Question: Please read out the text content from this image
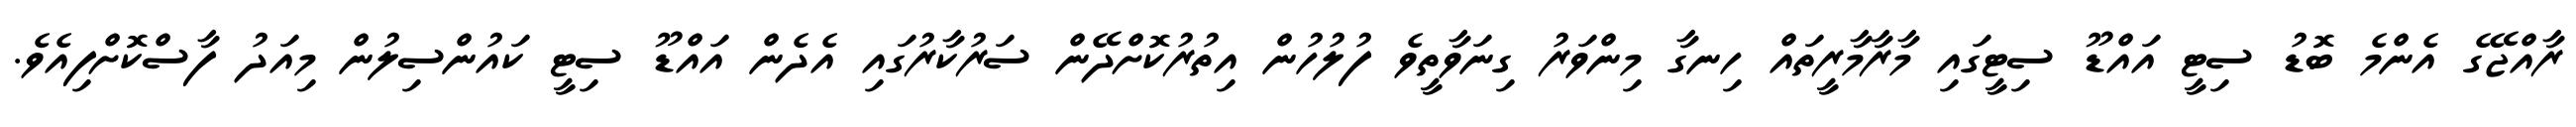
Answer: ރާއްޖޭގެ އެންމެ ބޮޑު ސިޓީ އައްޑޫ ސިޓީގައި މާރާމާރީތައް ހިނގާ މިންވަރު ގިނަވާތީވެ ފުލުހުން އިތުރުކޮށްދޭން ސަރުކާރުގައި އެދެން އައްޑޫ ސިޓީ ކައުންސިލުން މިއަދު ފާސްކޮށްފިއެވެ.